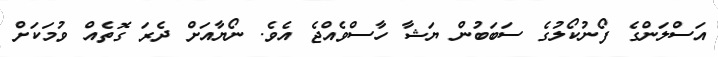
އަސްލަންގެ ފޯނުކޯލުގެ ސަބަބުން ޔަޝާ ހާސްވެއްޖެ އެވެ. ނޯޔާއަށް ދެރަ ގޮތެއް ވުމަކަށް